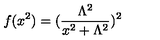
f ( x ^ { 2 } ) = ( \frac { \Lambda ^ { 2 } } { x ^ { 2 } + \Lambda ^ { 2 } } ) ^ { 2 }